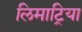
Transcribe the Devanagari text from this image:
लिमाट्रिया